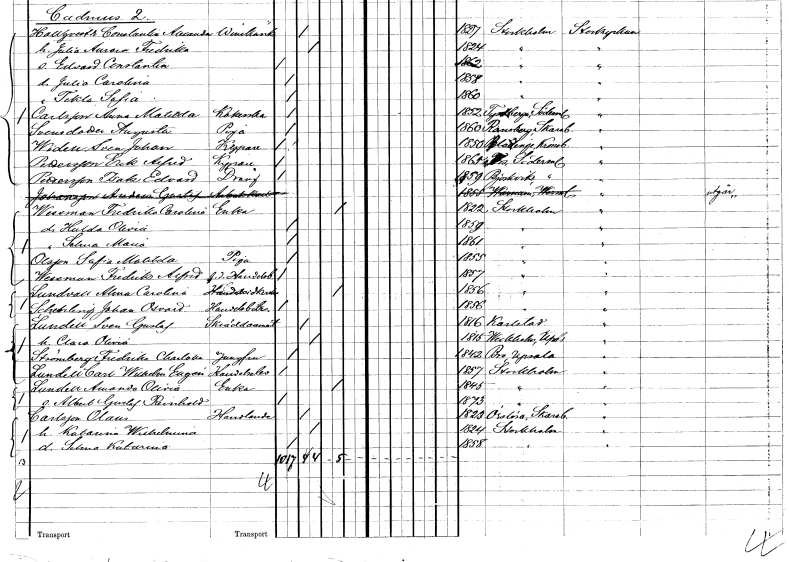
gt_parse: households: individuals: FN: Augusta
EN: Svensdotter
YRKE: Piga
KON: K
CIV: O
FODAR: 1860
FODFORS: Ramsberg Örebro län
FN: Sven Johan
EN: Widell
YRKE: Kypare
KON: M
CIV: O
FODAR: 1850
FODFORS: Blädinge Kronobergs län
FN: Erik Alfred
EN: Pettersson
YRKE: Kypare
KON: M
CIV: O
FODAR: 1865
FODFORS: Fors Södermanlands län
FN: Isak Edvard
EN: Pettersson
YRKE: Dräng
KON: M
CIV: O
FODAR: 1859
FODFORS: Björkvik Södermanlands län
FN: Fredrika Carolina
EN: Wessman
YRKE: Änka
KON: K
CIV: E
FODAR: 1822
FODFORS: Stockholm
FN: Hulda Olivia
KON: K
CIV: O
FODAR: 1859
FODFORS: Stockholm
FN: Selma Maria
KON: K
CIV: O
FODAR: 1861
FODFORS: Stockholm
FN: Sofia Matilda
EN: Olsson
YRKE: Piga
KON: K
CIV: O
FODAR: 1855
FODFORS: Stockholm
FN: Fredrik Alfred
EN: Wessman
YRKE: Handelsbokhållare f.d.
KON: M
CIV: O
FODAR: 1857
FODFORS: Stockholm
FN: Alma Carolina
EN: Lundvall
YRKE: Handelsidkerska
KON: K
CIV: E
FODAR: 1859
FODFORS: Stockholm
FN: Johan Osvald
EN: Schedeling
YRKE: Handelsbiträde
KON: M
CIV: O
FODAR: 1856
FODFORS: Stockholm
FN: Sven Gustaf
EN: Lundell
YRKE: Skräddarmästare
KON: M
CIV: G
FODAR: 1816
FODFORS: Karlstad Värmlands län
FN: Clara Olivia
KON: K
CIV: G
FODAR: 1815
FODFORS: Veckholm Uppsala län
FN: Fredrika Charlotta
EN: Strömberg
YRKE: Jungfru
KON: K
CIV: O
FODAR: 1842
FODFORS: Bro Stockholms län
FN: Carl Wilhelm Eugén
EN: Lundell
YRKE: Handelselev
KON: M
CIV: O
FODAR: 1857
FODFORS: Stockholm
FN: Amanda Olivia
EN: Lundell
YRKE: Änka
KON: K
CIV: E
FODAR: 1845
FODFORS: Stockholm
FN: Albert Gustaf Reinhold
KON: M
CIV: O
FODAR: 1873
FODFORS: Stockholm
FN: Olaus
EN: Carlsson
YRKE: Handlande
KON: M
CIV: G
FODAR: 1823
FODFORS: Örslösa Skaraborgs län
FN: Katarina Wilhelmina
KON: K
CIV: G
FODAR: 1824
FODFORS: Stockholm
FN: Selma Katarina
KON: K
CIV: O
FODAR: 1858
FODFORS: Stockholm